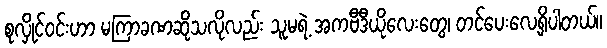
စုလှိုင်၀င်းဟာ မကြာခဏဆိုသလိုလည်း သူမရဲ့ အကဗီဒီယိုလေးတွေ၊ တင်ပေးလေ့ရှိပါတယ်။